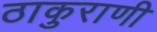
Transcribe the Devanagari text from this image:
ठाकुराणी